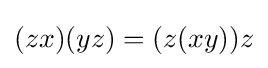
(zx)(yz)=(z(xy))z